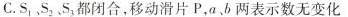
C.S_{1}、S_{2}、S_{3}都闭合，移动滑片P，a、b两表示数无变化